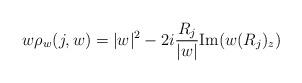
LaTeX: \begin{align*}w\rho_{w}(j,w)=|w|^2- 2 i\frac{R_j}{|w|} {\rm Im}( w(R_j)_{z})\end{align*}